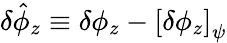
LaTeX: \delta\hat{\phi}_{z}\equiv\delta\phi_{z}-\left[\delta\phi_{z}\right]_{\psi}